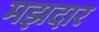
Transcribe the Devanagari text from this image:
मझदार